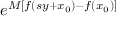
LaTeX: e ^ { M [ f ( s y + x _ { 0 } ) - f ( x _ { 0 } ) ] }